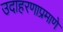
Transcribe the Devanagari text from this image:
उदाहरणाप्रमाणे